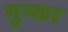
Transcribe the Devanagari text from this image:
मुम्का